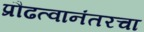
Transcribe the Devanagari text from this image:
प्रौढत्वानंतरचा